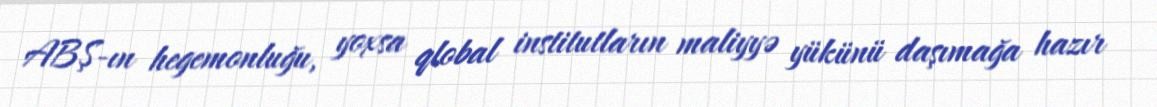
ABŞ-ın hegemonluğu, yoxsa qlobal institutların maliyyə yükünü daşımağa hazır